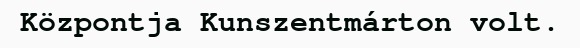
Központja Kunszentmárton volt.